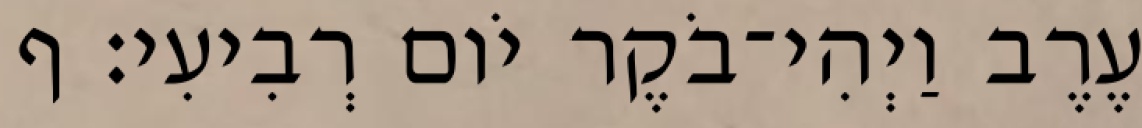
עֶרֶב וַיְהִי־בֹקֶר יֹום רְבִיעִי׃ ף